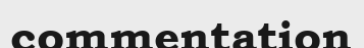
commentation